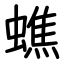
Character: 蟭